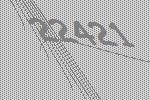
22421